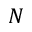
N